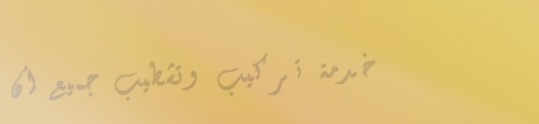
خدمة تركيب وتشطيب جميع أن